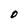
Character: O